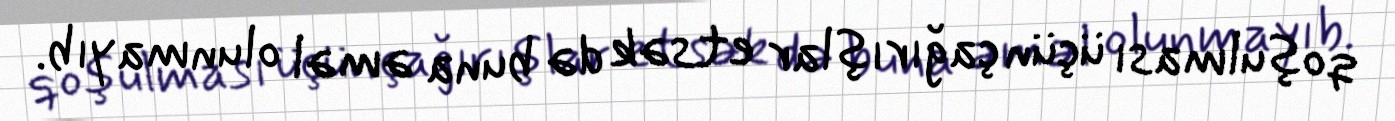
qoşulması üçün çağırışlar etsək də buna əməl olunmayıb.